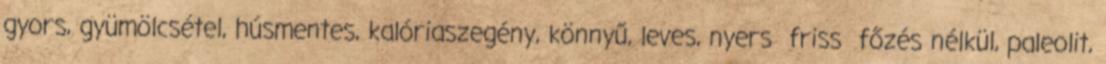
gyors, gyümölcsétel, húsmentes, kalóriaszegény, könnyű, leves, nyers friss főzés nélkül, paleolit,